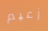
زعيم